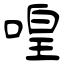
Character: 喤